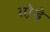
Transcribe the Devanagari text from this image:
तो़ड़े